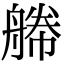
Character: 𦩫